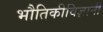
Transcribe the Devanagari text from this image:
भौतिकीविज्ञानी